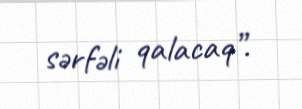
sərfəli qalacaq”.